Plague in India, 1896, 1897 - Volume 1
Year: 1896
Disease focus: Plague
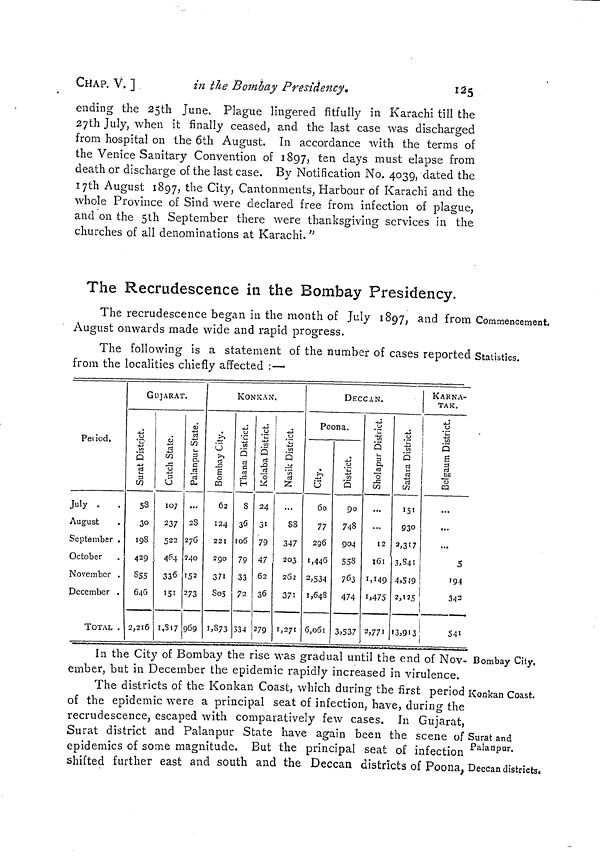
CHAP. V. ]
in the Bombay Presidency.
125
ending the 25th June. Plague lingered fitfully in Karachi till the
27th July, when it finally ceased, and the last case was discharged
from hospital on the 6th August. In accordance with the terms of
the Venice Sanitary Convention of 1897, ten days must elapse from
death or discharge of the last case. By Notification No. 4039, dated the
17th August 1897, the City, Cantonments, Harbour of Karachi and the
whole Province of Sind were declared free from infection of plague,
and on the 5th September there were thanksgiving services in the
churches of all denominations at Karachi. "
The Recrudescence in the Bombay Presidency.
Commencement.
The recrudescence began in the month of July 1897, and from
August onwards made wide and rapid progress.
Statistics.
The following is a statement of the number of cases reported
from the localities chiefly affected :—
Period.
July .
.
August
September .
October
November .
December .
TOTAL .
GUJARAT.
Surat District.
58
30
198
429
855
646
2,216
Cutch State.
107
237
523
464
336
151
1,817
Palanpur State.
...
2S
276
240
152
273
969
KONKAN.
Bombay City.
62
124
221
2gO
371
805
1,873
Thana District.
S
36
106
79
33
72
334
Kolaba District.
24
31
79
47
62
36
279
Nasilk District.
...
88
347
203
262
371
1,271
DECCAN.
Poona.
City.
60
77
296
1,446
2,534
1,648
6,061
District.
90
748
904
558
763
474
3,537
Sholapur District.
...
12
161
1,149
1,475
2,771
Satara District.
151
930
2,317
3,841
4,549
KARNA-
TAK.
Belgaum District.
...
...
...
5
194
2,125
342
|
13,913
541
Bombay City.
In the City of Bombay the rise was gradual until the end of Nov-
ember, but in December the epidemic rapidly increased in virulence.
Konkan Coast.
Surat and
Palanpur.
Deccan districts.
The districts of the Konkan Coast, which during the first period
of the epidemic were a principal seat of infection, have, during the
recrudescence, escaped with comparatively few cases. In Gujarat,
Surat district and Palanpur State have again been the scene of
epidemics of some magnitude. But the principal seat of infection
shifted further east and south and the Deccan districts of Poona,